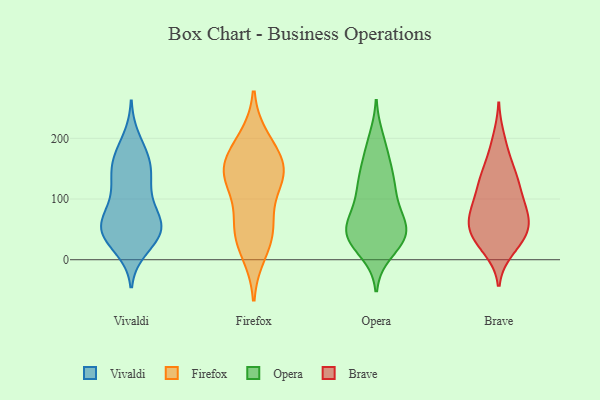
{"axis": {"x": "Gross Profit (USD K)", "y": "Value"}, "legend": ["Brave", "Firefox", "Opera", "Vivaldi"], "data": [{"x": "", "y": 120, "type": "Vivaldi"}, {"x": "", "y": 71, "type": "Vivaldi"}, {"x": "", "y": 120, "type": "Vivaldi"}, {"x": "", "y": 141, "type": "Vivaldi"}, {"x": "", "y": 61, "type": "Vivaldi"}, {"x": "", "y": 198, "type": "Vivaldi"}, {"x": "", "y": 173, "type": "Vivaldi"}, {"x": "", "y": 152, "type": "Vivaldi"}, {"x": "", "y": 103, "type": "Vivaldi"}, {"x": "", "y": 32, "type": "Vivaldi"}, {"x": "", "y": 42, "type": "Vivaldi"}, {"x": "", "y": 71, "type": "Vivaldi"}, {"x": "", "y": 161, "type": "Vivaldi"}, {"x": "", "y": 50, "type": "Vivaldi"}, {"x": "", "y": 58, "type": "Vivaldi"}, {"x": "", "y": 62, "type": "Vivaldi"}, {"x": "", "y": 165, "type": "Vivaldi"}, {"x": "", "y": 42, "type": "Vivaldi"}, {"x": "", "y": 37, "type": "Vivaldi"}, {"x": "", "y": 19, "type": "Vivaldi"}, {"x": "", "y": 147, "type": "Firefox"}, {"x": "", "y": 139, "type": "Firefox"}, {"x": "", "y": 47, "type": "Firefox"}, {"x": "", "y": 61, "type": "Firefox"}, {"x": "", "y": 181, "type": "Firefox"}, {"x": "", "y": 137, "type": "Firefox"}, {"x": "", "y": 197, "type": "Firefox"}, {"x": "", "y": 47, "type": "Firefox"}, {"x": "", "y": 131, "type": "Firefox"}, {"x": "", "y": 151, "type": "Firefox"}, {"x": "", "y": 13, "type": "Firefox"}, {"x": "", "y": 133, "type": "Opera"}, {"x": "", "y": 44, "type": "Opera"}, {"x": "", "y": 103, "type": "Opera"}, {"x": "", "y": 186, "type": "Opera"}, {"x": "", "y": 62, "type": "Opera"}, {"x": "", "y": 125, "type": "Opera"}, {"x": "", "y": 23, "type": "Opera"}, {"x": "", "y": 48, "type": "Opera"}, {"x": "", "y": 13, "type": "Opera"}, {"x": "", "y": 36, "type": "Opera"}, {"x": "", "y": 162, "type": "Opera"}, {"x": "", "y": 64, "type": "Opera"}, {"x": "", "y": 198, "type": "Opera"}, {"x": "", "y": 38, "type": "Opera"}, {"x": "", "y": 115, "type": "Opera"}, {"x": "", "y": 142, "type": "Opera"}, {"x": "", "y": 40, "type": "Opera"}, {"x": "", "y": 91, "type": "Opera"}, {"x": "", "y": 60, "type": "Opera"}, {"x": "", "y": 42, "type": "Opera"}, {"x": "", "y": 44, "type": "Brave"}, {"x": "", "y": 42, "type": "Brave"}, {"x": "", "y": 105, "type": "Brave"}, {"x": "", "y": 142, "type": "Brave"}, {"x": "", "y": 99, "type": "Brave"}, {"x": "", "y": 71, "type": "Brave"}, {"x": "", "y": 25, "type": "Brave"}, {"x": "", "y": 129, "type": "Brave"}, {"x": "", "y": 137, "type": "Brave"}, {"x": "", "y": 54, "type": "Brave"}, {"x": "", "y": 29, "type": "Brave"}, {"x": "", "y": 17, "type": "Brave"}, {"x": "", "y": 67, "type": "Brave"}, {"x": "", "y": 137, "type": "Brave"}, {"x": "", "y": 177, "type": "Brave"}, {"x": "", "y": 50, "type": "Brave"}, {"x": "", "y": 199, "type": "Brave"}, {"x": "", "y": 93, "type": "Brave"}, {"x": "", "y": 67, "type": "Brave"}, {"x": "", "y": 80, "type": "Brave"}]}